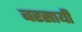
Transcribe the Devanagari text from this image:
बरसायी